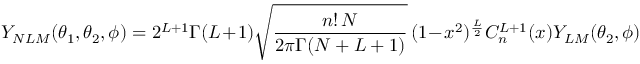
Y _ { N L M } ( \theta _ { 1 } , \theta _ { 2 } , \phi ) = 2 ^ { L + 1 } \Gamma ( L + 1 ) \sqrt { \frac { n ! \, N } { 2 \pi \Gamma ( N + L + 1 ) } } \, ( 1 - x ^ { 2 } ) ^ { \frac L 2 } C _ { n } ^ { L + 1 } ( x ) Y _ { L M } ( \theta _ { 2 } , \phi )